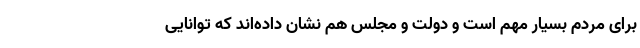
برای مردم بسیار مهم است و دولت و مجلس هم نشان داده‌اند که توانایی